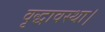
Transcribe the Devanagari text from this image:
वृद्धावस्था।